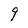
Character: 9